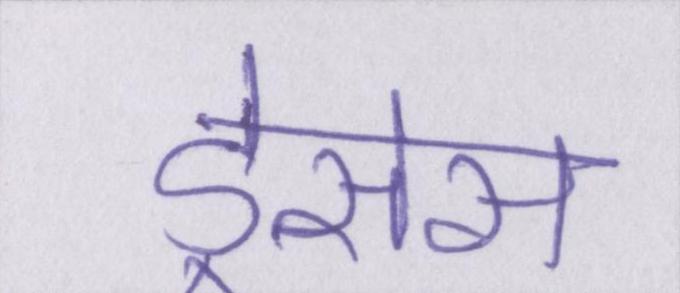
ड्रेसेस